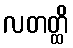
လတတ္ထိ